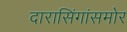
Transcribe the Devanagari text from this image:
दारासिंगांसमोर